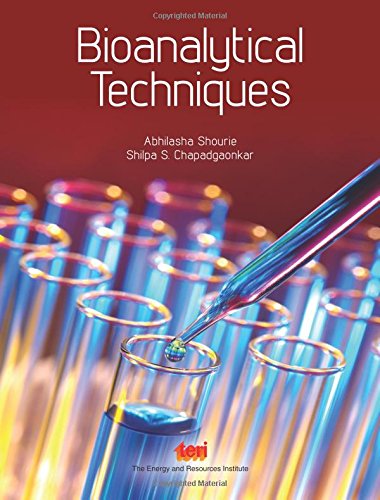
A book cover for Bioanalytical Techniques; Abhilasha Shourie; Business & Money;